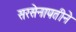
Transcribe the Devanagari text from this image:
सरसेनापतीने